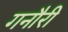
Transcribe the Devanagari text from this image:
गनौरी